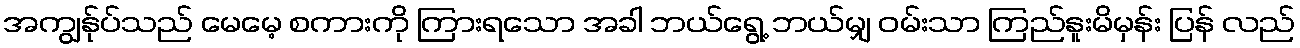
အကျွန်ုပ်သည် မေမေ့ စကားကို ကြားရသော အခါ ဘယ်ရွေ့ ဘယ်မျှ ဝမ်းသာ ကြည်နူးမိမှန်း ပြန် လည်